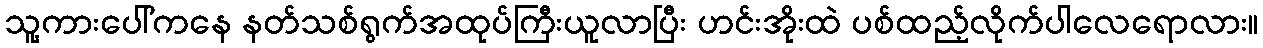
သူ့ကားပေါ်ကနေ နတ်သစ်ရွက်အထုပ်ကြီးယူလာပြီး ဟင်းအိုးထဲ ပစ်ထည့်လိုက်ပါလေရောလား။